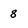
Character: 8